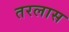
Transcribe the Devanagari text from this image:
तरलास